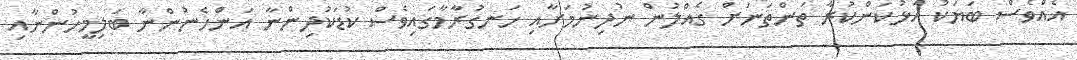
އެއްވެސް ބަޔަކު އަޅުކަންކުރާ ތަންތަނަށް ގެއްލުން ނުދިނުމަށާއި ހަނގުރާމާގައިވެސް ކުޑަކުދިންނާ އަންހެނުންނާ ބަލިމީހުންނާއި